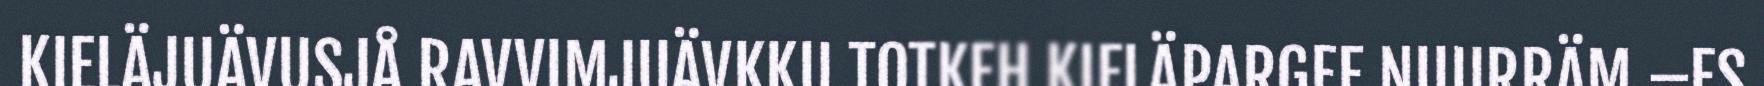
KIELÄJUÄVUSJÅ RAVVIMJUÄVKKU TOTKEH KIELÄPARGEE NUURRÄM –ES